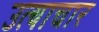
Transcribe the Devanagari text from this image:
उत्याचार